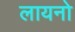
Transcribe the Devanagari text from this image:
लायनो